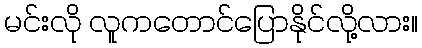
မင်းလို လူကတောင်ပြောနိုင်လို့လား။